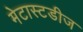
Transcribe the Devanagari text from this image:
मेटास्टडीज